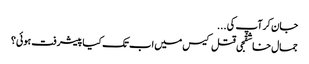
جان کرآپ کی ...
جمال خاشقجی قتل کیس میں اب تک کیا پیشرفت ہوئی؟